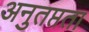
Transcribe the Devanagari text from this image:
अनुतप्तता